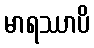
မာရဿာပိ